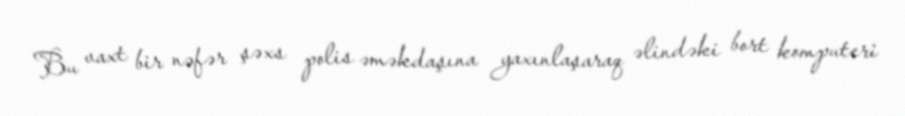
Bu vaxt bir nəfər şəxs polis əməkdaşına yaxınlaşaraq əlindəki bort komputeri